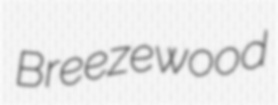
Breezewood